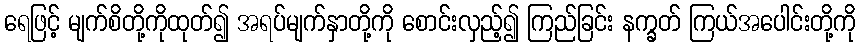
ရေဖြင့် မျက်စိတို့ကိုထုတ်၍ အရပ်မျက်နှာတို့ကို စောင်းလှည့်၍ ကြည်ခြင်း နက္ခတ် ကြယ်အပေါင်းတို့ကို